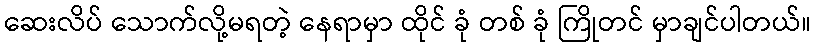
ဆေးလိပ် သောက်လို့မရတဲ့ နေရာမှာ ထိုင် ခုံ တစ် ခုံ ကြိုတင် မှာချင်ပါတယ်။